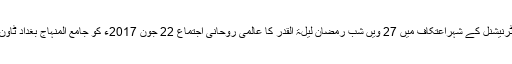
منہاج القرآن انٹرنیشنل کے شہراعتکاف میں 27 ویں شب رمضان لیلۃ القدر کا عالمی روحانی اجتماع 22 جون 2017ء کو جامع المنہاج بغداد ٹاون میں منعقد ہوا۔